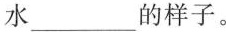
水___的样子。